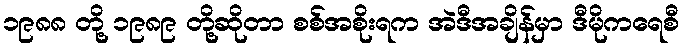
၁၉၈၈ တို့ ၁၉၈၉ တို့ဆိုတာ စစ်အစိုးရက အဲဒီအချိန်မှာ ဒီမိုကရေစီ